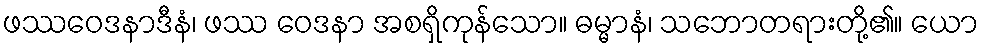
ဖဿဝေဒနာဒီနံ၊ ဖဿ ဝေဒနာ အစရှိကုန်သော။ ဓမ္မာနံ၊ သဘောတရားတို့၏။ ယော